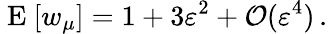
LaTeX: \mathrm{~E~}[w_{\mu}]=1+3\varepsilon^{2}+\mathcal{O}(\varepsilon^{4})\, .